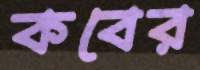
কবের